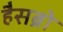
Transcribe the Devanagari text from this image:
हैसब्रो